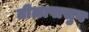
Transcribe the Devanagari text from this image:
तीळापासुन